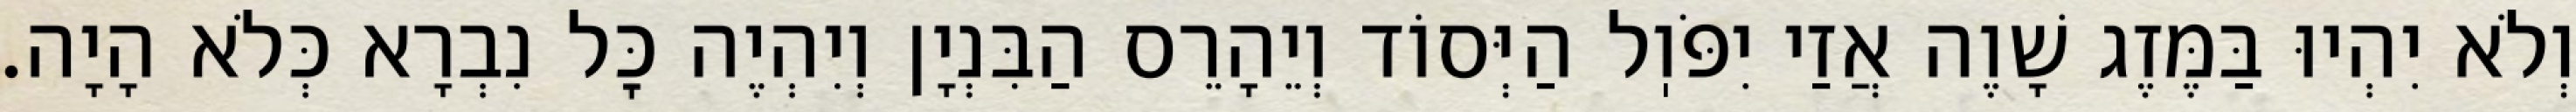
וְלֹא יִהְיוּ בַּמֶּזֶג שָׁוֶה אֲזַי יִפֹּוֽל הַיְּסוֹד וְיֵהָרֵס הַבִּנְיָן וְיִהְיֶה כׇּל נִבְרָא כְּלֹא הָיָה.